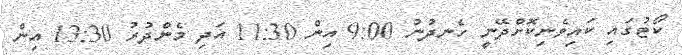
ކޯޓުގައި ކައިވެނިކޮށްދޭނީ ހެނދުނު 9:00 އިން 11:30 އަދި މެންދުރު 13:30 އިން